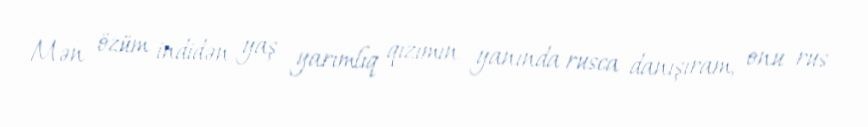
Mən özüm indidən yaş yarımlıq qızımın yanında rusca danışıram, onu rus